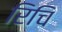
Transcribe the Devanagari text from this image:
रिचि